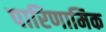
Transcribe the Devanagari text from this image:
पारिणामिक